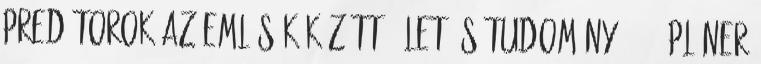
Predátorok az emlősök között, Élet és Tudomány, 2009 Pláner